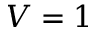
V = 1